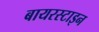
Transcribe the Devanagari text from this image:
बायरस्टाइन